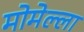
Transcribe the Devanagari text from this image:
मोमेल्ला